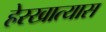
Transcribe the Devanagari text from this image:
हेरखात्यास